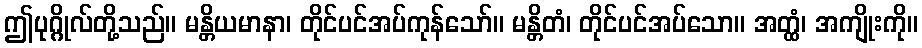
ဤပုဂ္ဂိုလ်တို့သည်။ မန္တိယမာနာ၊ တိုင်ပင်အပ်ကုန်သော်။ မန္တိတံ၊ တိုင်ပင်အပ်သော။ အတ္ထံ၊ အကျိုးကို။